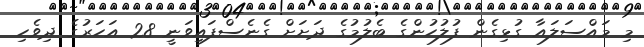
މި މައްސަލައާ ގުޅިގެން ފުލުހުންގެ ބެލުމުގެ ދަށަށް ގެނެސްފައިވަނީ 28 އަހަރުގެ ދިވެހި